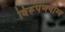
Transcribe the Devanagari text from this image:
विरूपणयोग्य